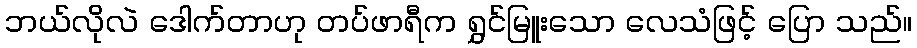
ဘယ်လိုလဲ ဒေါက်တာဟု တပ်ဖာရီက ရွှင်မြူးသော လေသံဖြင့် ပြော သည်။